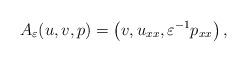
LaTeX: \begin{align*}A_\varepsilon(u,v,p)=\left(v,u_{xx},\varepsilon^{-1} p_{xx}\right),\end{align*}